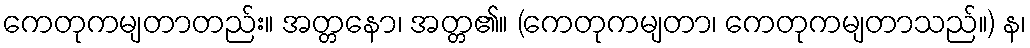
ကေတုကမျတာတည်း။ အတ္တနော၊ အတ္တ၏။ (ကေတုကမျတာ၊ ကေတုကမျတာသည်။) န၊